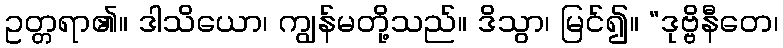
ဥတ္တရာ၏။ ဒါသိယော၊ ကျွန်မတို့သည်။ ဒိသွာ၊ မြင်၍။ “ဒုဗ္ဗိနီတေ၊